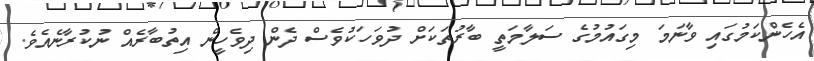
އެހެންކަމުގައި ވާނަމަ މިގައުމުގެ ސަލާމަތީ ބާރުތަކަށް ދުވަހަކުވެސް ދެން ދިވެހީން އިތުބާރެއް ނުކުރާނެއެވެ.